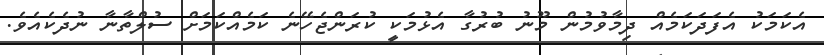
އެކަމަކު އެފަދަކަމެއް ދިމާވުމުން މޫނު ބުރުގާ އެޅުމަކީ ކުރަންޖެހޭނެ ކަމެއްކަމަށް ސުލްތާނާ ނުދެކެއެވެ.